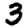
Digit: 3